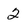
Character: 2